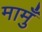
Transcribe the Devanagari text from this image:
मामुँ